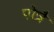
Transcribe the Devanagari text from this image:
पोन्नै